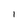
Character: l